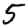
Digit: 5